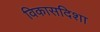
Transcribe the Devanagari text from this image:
विकासदिशा